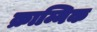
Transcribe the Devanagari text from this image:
क्राम्निक